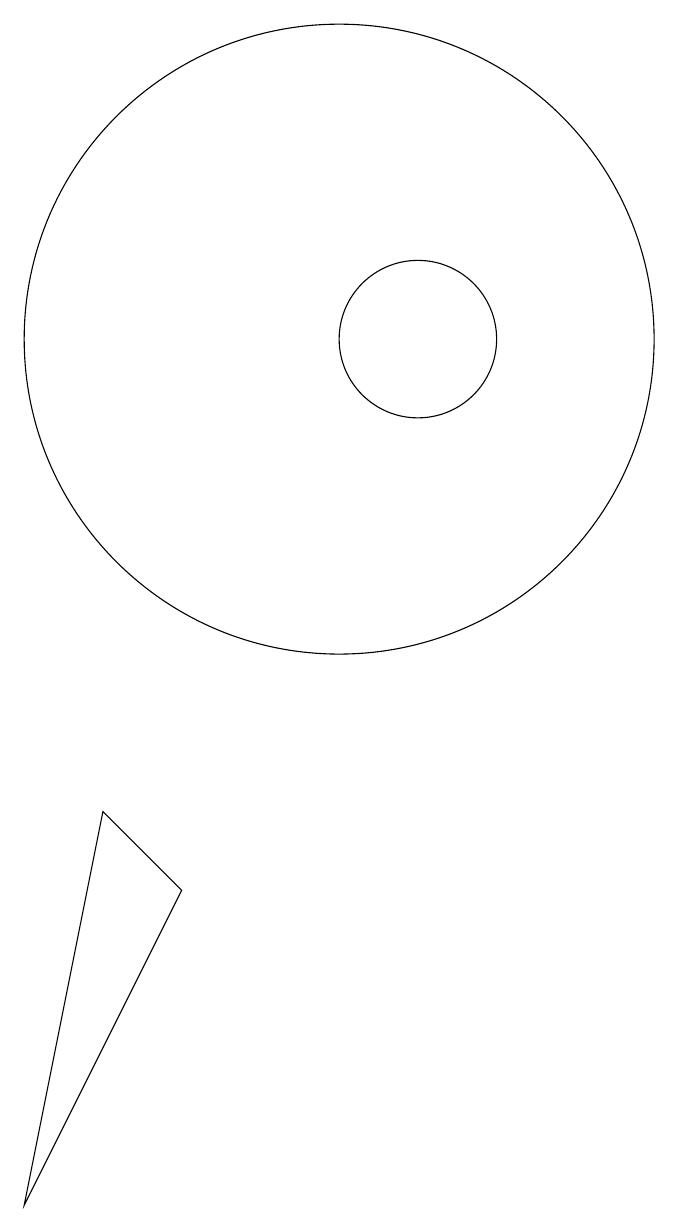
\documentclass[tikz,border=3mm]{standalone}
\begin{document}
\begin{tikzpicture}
\draw (11,12) circle (1);
\draw (6,1) -- (7,6) -- (8,5) -- cycle;
\draw (10,12) circle (4);
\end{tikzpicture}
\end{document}